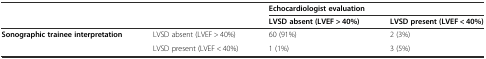
<table><thead><tr><td rowspan="2" colspan="2"></td><td colspan="2"><b>Echocardiologist evaluation</b></td></tr><tr><td><b>LVSD absent (LVEF &gt; 40%)</b></td><td><b>LVSD present (LVEF &lt; 40%)</b></td></tr></thead><tbody><tr><td rowspan="2"><b>Sonographic trainee interpretation</b></td><td>LVSD absent (LVEF &gt; 40%)</td><td>60 (91%)</td><td>2 (3%)</td></tr><tr><td>LVSD present (LVEF &lt; 40%)</td><td>1 (1%)</td><td>3 (5%)</td></tr></tbody></table>